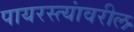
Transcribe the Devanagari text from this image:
पायरस्त्यांवरील